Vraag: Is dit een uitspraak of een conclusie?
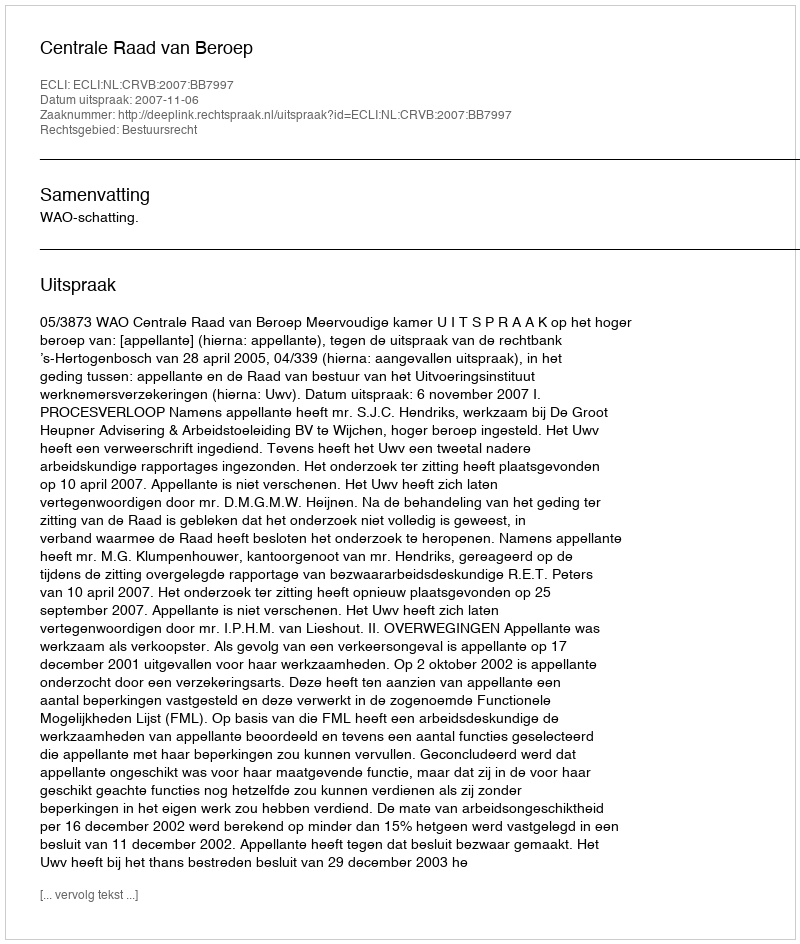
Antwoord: Uitspraak